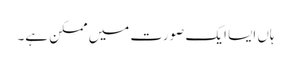
ہاں ایسا ایک صورت میں ممکن ہے۔